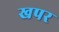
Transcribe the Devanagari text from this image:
खपर